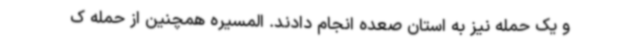
و یک حمله نیز به استان صعده انجام دادند. المسیره همچنین از حمله ک